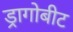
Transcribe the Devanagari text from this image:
ड्रागोबीट